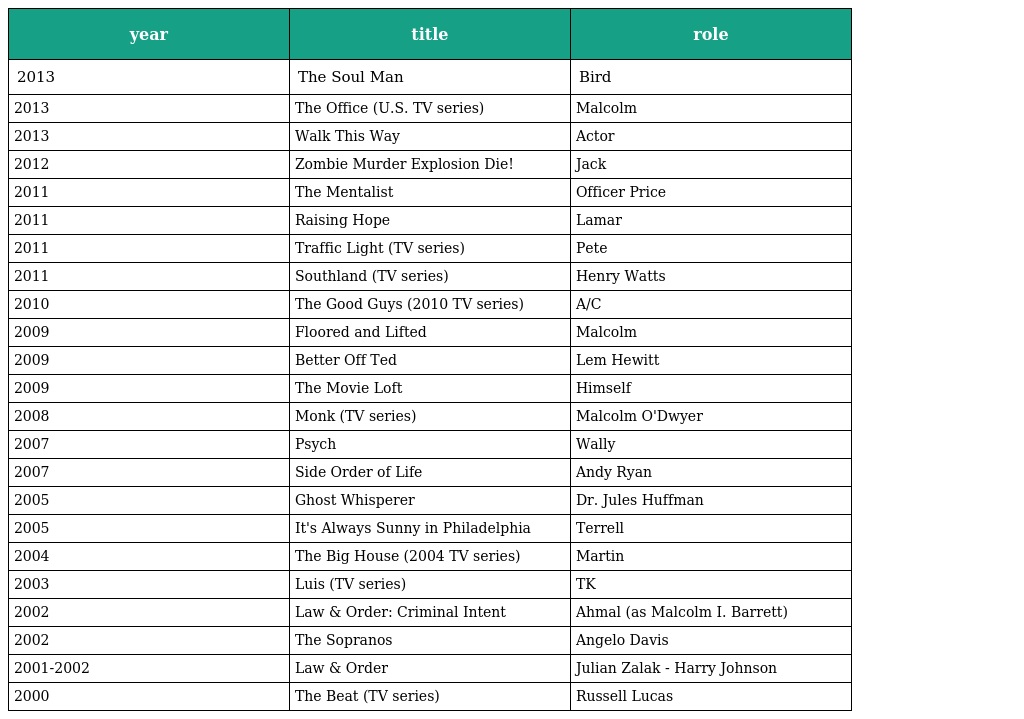
| year | title | role |
 | --- | --- | --- |
 | 2013 | The Soul Man | Bird |
 | 2013 | The Office (U.S. TV series) | Malcolm |
 | 2013 | Walk This Way | Actor |
 | 2012 | Zombie Murder Explosion Die! | Jack |
 | 2011 | The Mentalist | Officer Price |
 | 2011 | Raising Hope | Lamar |
 | 2011 | Traffic Light (TV series) | Pete |
 | 2011 | Southland (TV series) | Henry Watts |
 | 2010 | The Good Guys (2010 TV series) | A/C |
 | 2009 | Floored and Lifted | Malcolm |
 | 2009 | Better Off Ted | Lem Hewitt |
 | 2009 | The Movie Loft | Himself |
 | 2008 | Monk (TV series) | Malcolm O'Dwyer |
 | 2007 | Psych | Wally |
 | 2007 | Side Order of Life | Andy Ryan |
 | 2005 | Ghost Whisperer | Dr. Jules Huffman |
 | 2005 | It's Always Sunny in Philadelphia | Terrell |
 | 2004 | The Big House (2004 TV series) | Martin |
 | 2003 | Luis (TV series) | TK |
 | 2002 | Law & Order: Criminal Intent | Ahmal (as Malcolm I. Barrett) |
 | 2002 | The Sopranos | Angelo Davis |
 | 2001-2002 | Law & Order | Julian Zalak - Harry Johnson |
 | 2000 | The Beat (TV series) | Russell Lucas |